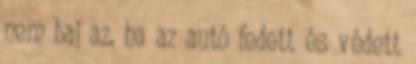
nem baj az, ha az autó fedett és védett